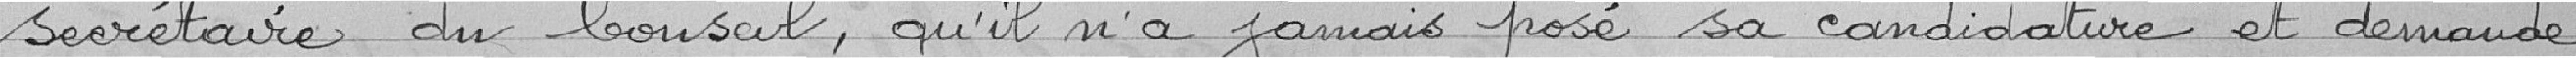
secrétaire du Conseil, qu'il n'a jamais posé sa candidature et demande